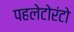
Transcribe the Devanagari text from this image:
पहलेटोरंटो